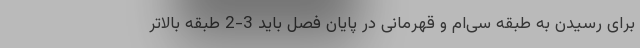
برای رسیدن به طبقه سی‌ام و قهرمانی در پایان فصل باید 3-2 طبقه بالاتر